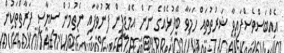
އެއްބަސްވެސްފައިވާ ޝަރުތުތައް ހަމަވާ ބޭފުޅެއްގެ ނަން އެމްޑީޕީން ފޮނުވާފައި ނެތުމުން ސިޔާސީ ފަރާތްތަކުން